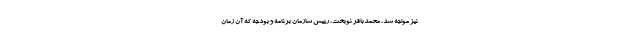
نیز مواجه شد، محمدباقر نوبخت، رییس سازمان برنامه و بودجه که آن زمان